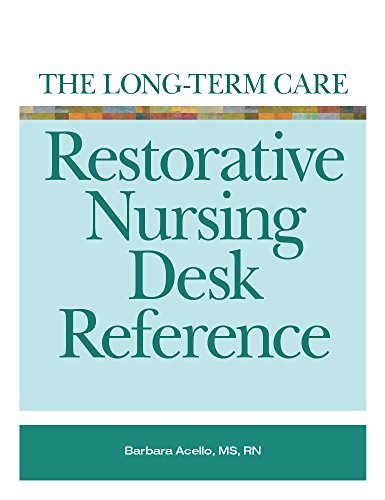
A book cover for The Long-Term Care Restorative Nursing Desk Reference; Barbara Acello MS RN; Medical Books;